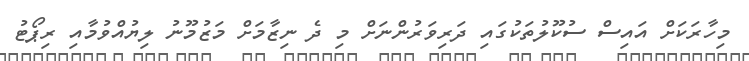
މިހާރަކަށް އައިސް ސުކޫލުތަކުގައި ދަރިވަރުންނަށް މި ދެ ނިޒާމަށް މަޒުމޫނު ލިޔުއްވުމާއި ރިޕޯޓު